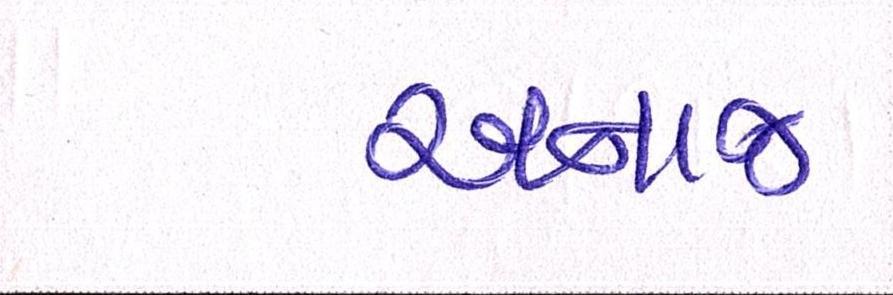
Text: અનાજ